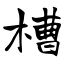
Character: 槽